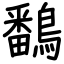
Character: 鷭